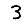
Digit: 3